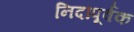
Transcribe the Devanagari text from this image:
निदापूर्वक